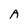
Character: A